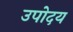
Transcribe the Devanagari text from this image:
उपोदय